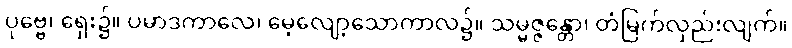
ပုဗ္ဗေ၊ ရှေး၌။ ပမာဒကာလေ၊ မေ့လျော့သောကာလ၌။ သမ္မဇ္ဇန္တော၊ တံမြက်လှည်းလျက်။